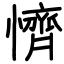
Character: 懠